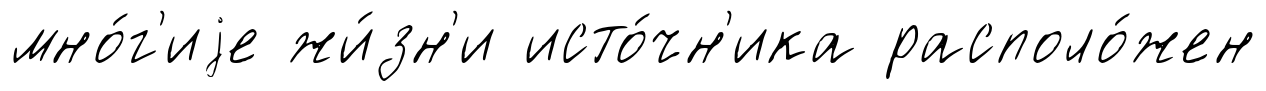
мно́г'иjе жи́зн'и исто́чн'ика располо́жен